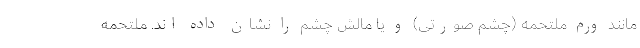
مانند ورم ملتحمه (چشم صورتی) و یا مالش چشم را نشان داده اند. ملتحمه